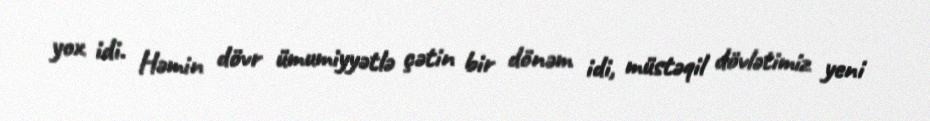
yox idi. Həmin dövr ümumiyyətlə çətin bir dönəm idi, müstəqil dövlətimiz yeni